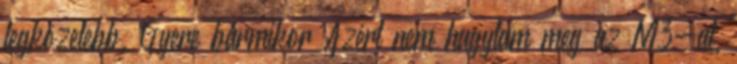
legközelebb. Gyere bármikor Azért nem hagytam meg az M3-at,